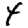
Digit: 4